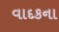
વાદકના